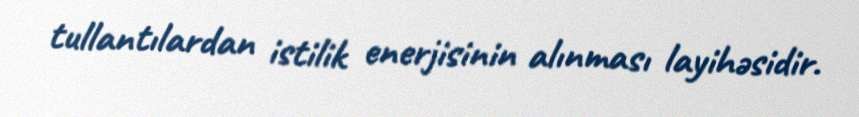
tullantılardan istilik enerjisinin alınması layihəsidir.